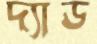
দ্যাড